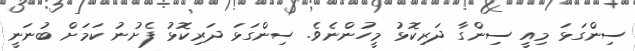
ސިންގަޅަ މިއީ ސިންގާ ދަރިކޮޅު މީހުންނެވެ. ސިންގަޅަ ދަރިކޮޅު ފެށުނު ކަމަށް ބުނަނީ